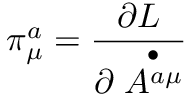
\pi _ { \mu } ^ { a } = \frac { \partial { \cal L } } { \partial \stackrel { \bullet } { A ^ { a \mu } } }